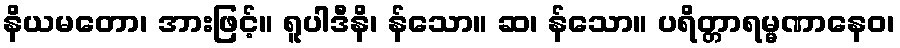
နိယမတော၊ အားဖြင့်။ ရူပါဒီနိ၊ န်သော။ ဆ၊ န်သော။ ပရိတ္တာရမ္မဏာနေဝ၊